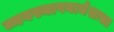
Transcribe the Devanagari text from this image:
व्यवस्थापनाचेशास्त्र